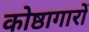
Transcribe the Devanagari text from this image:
कोष्ठागारों